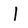
Character: l